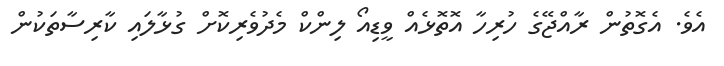
އެވެ. އެގޮތުން ރާއްޖޭގެ ހުރިހާ އޮތޮޅެއް ވީޑިއޯ ލިންކް މެދުވެރިކޮށް ގުޅާލައި ކާރިސާތަކުން